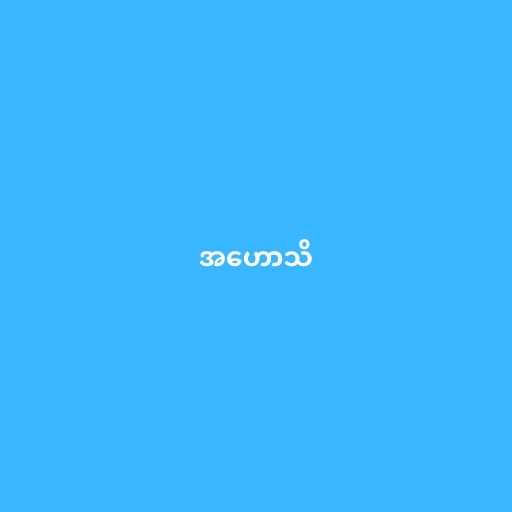
အဟောသိ